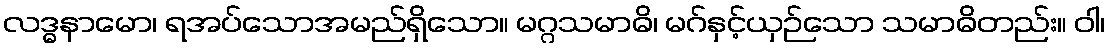
လဒ္ဓနာမော၊ ရအပ်သောအမည်ရှိသော။ မဂ္ဂသမာဓိ၊ မဂ်နှင့်ယှဉ်သော သမာဓိတည်း။ ဝါ၊